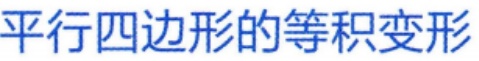
平行四边形的等积变形